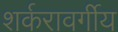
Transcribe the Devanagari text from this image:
शर्करावर्गीय